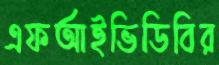
এফআইভিডিবির